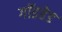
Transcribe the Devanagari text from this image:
गॉडहेड